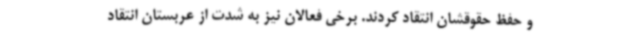
و حفظ حقوقشان انتقاد کردند. برخی فعالان نیز به شدت از عربستان انتقاد